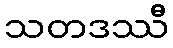
သတဒဿီ